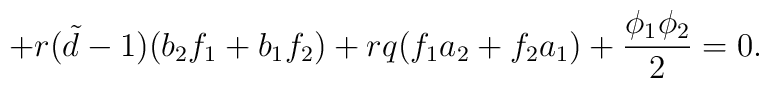
+r({\tilde d}-1)(b_{2}f_{1}+b_{1}f_{2})+rq(f_{1}a_{2} +f_{2}a_{1})+\frac{\phi_{1}\phi_{2}}{2}=0.